Indian journal of veterinary science and animal husbandry - Volumes 15-17, 1948-1951
Year: 1948
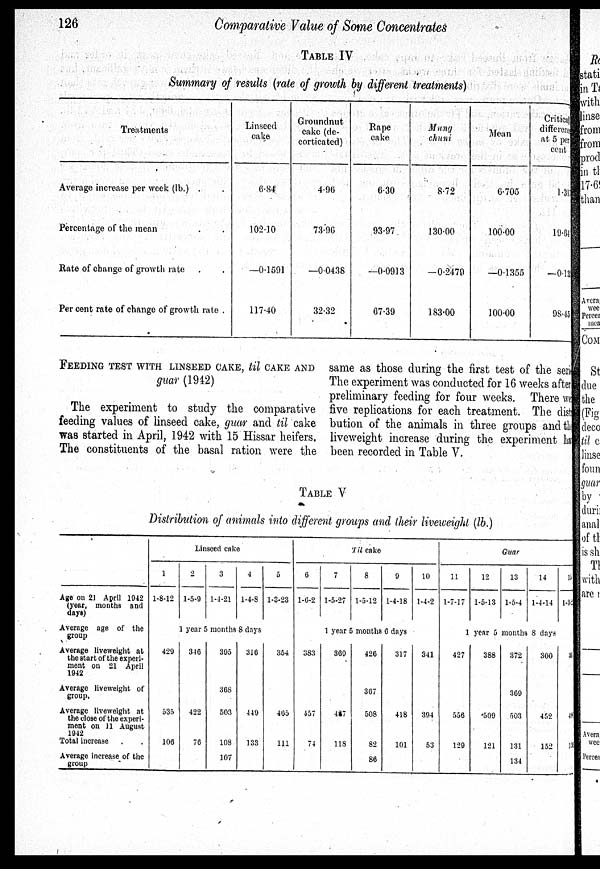
126
Comparative Value of Some Concentrates
TABLE IV
Summary of results (rate of growth by different treatments)
Treatments
Average increase per week (lb.) .
Percentage of the mean
Rate of change of growth rate
Per cent rate of change of growth rate .
Linseed
cake
6.84
102.10
—0.1591
117.40
Groundnut
cake (de-
corticated)
4.96
73.96
—0.0438
32.32
Rape
cake
6.30
93.97
—0.0913
67.39
Mung
chuni
8.72
130.00
—0.2479
183.00
Mean
6.705
100.00
—0.1355
100.00
Critical
difference
at 5 per
cent
1.317
19.64
—0.133
98.45
FEEDING TEST WITH LINSEED CAKE, til CAKE AND
guar (1942)
The experiment to study the comparative
feeding values of linseed cake, guar and til cake
was started in April, 1942 with 15 Hissar heifers.
The constituents of the basal ration were the
same as those during the first test of the series
The experiment was conducted for 16 weeks after
preliminary feeding for four weeks. There were
five replications for each treatment. The distri¬
bution of the animals in three groups and the
liveweight increase during the experiment has
been recorded in Table V.
TABLE V
Distribution of animals into different groups and their liveweight (lb.)
Age on 21 April 1942
(year, months and
days)
Average age of the
group
Average liveweight at
the start of the experi-
ment on 21 April
1942
Average liveweight of
group.
Average liveweight at
the close of the experi-
ment on 11 August
1942
Total increase . .
Average increase of the
group
Linseed cake
1
1-8-12
2
1-5-9
3
1-4-21
4
1-4-8
5
1-3-23
1 year 5 months 8 days
429
535
106
346
422
76
395
368
503
108
107
316
449
133
354
465
111
Til
cake
6
1-6-2
7
1-5-27
8
1-5-12
9
1-4-18
10
1-4-2
1 year 5 months 6 days
383
457
74
309
487
118
420
367
508
82
80
317
418
101
341
394
53
Guar
11
1-7-17
12
1-5-13
13
1-5-4
14
1-4-14
15
1-3-15
1 year 5 months 8 days
427
556
129
388
509
121
372
369
503
131
134
300
452
152
36
49
10